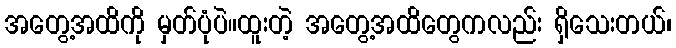
အတွေ့အထိကို မှတ်ပုံပဲ။ထူးတဲ့ အတွေ့အထိတွေကလည်း ရှိသေးတယ်၊